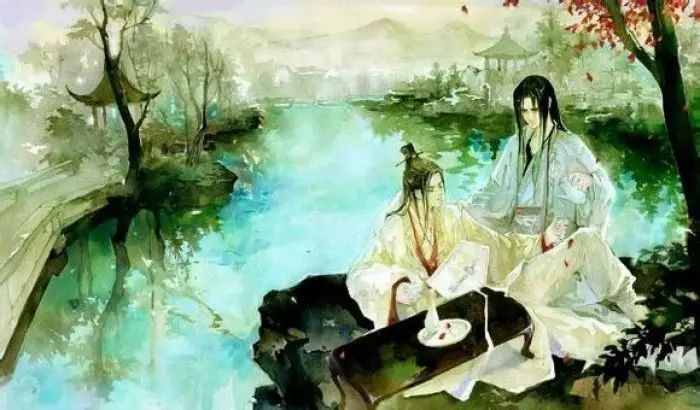
何因不归去？淮上有秋山。